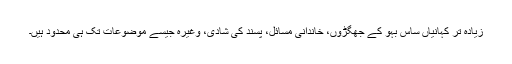
زیادہ تر کہانیاں ساس بہو کے جھگڑوں، خاندانی مسائل، پسند کی شادی، وغیرہ جیسے موضوعات تک ہی محدود ہیں۔